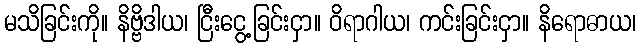
မသိခြင်းကို။ နိဗ္ဗိဒါယ၊ ငြီးငွေ့ခြင်းငှာ။ ဝိရာဂါယ၊ ကင်းခြင်းငှာ။ နိရောဓာယ၊